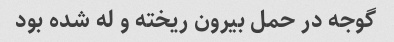
گوجه در حمل بیرون ریخته و له شده بود